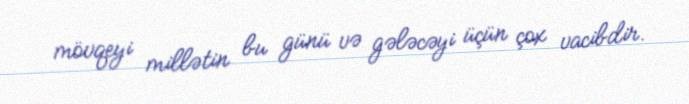
mövqeyi millətin bu günü və gələcəyi üçün çox vacibdir.